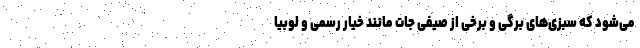
می‌شود که سبزی‌های برگی و برخی از صیفی جات مانند خیار رسمی و لوبیا